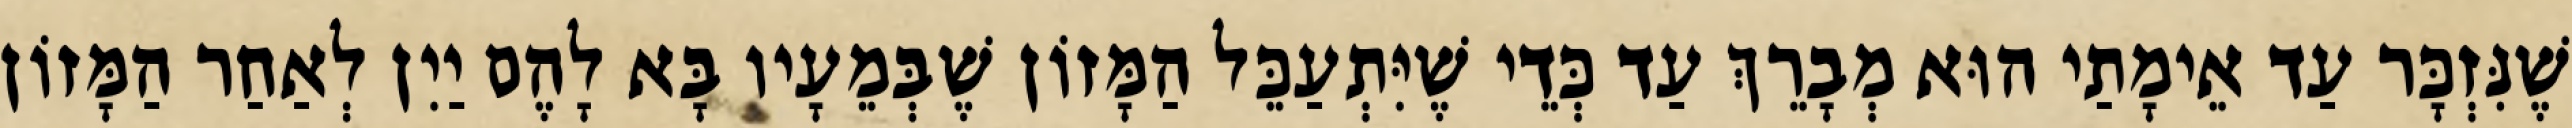
שֶׁנִּזְכָּר עַד אֵימָתַי הוּא מְבָרֵךְ עַד כְּדֵי שֶׁיִּתְעַכֵּל הַמָּזוֹן שֶׁבְּמֵעָיו בָּא לָהֶם יַיִן לְאַחַר הַמָּזוֹן